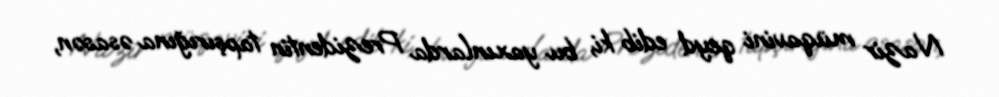
Nazir müqavini qeyd edib ki, bu yaxınlarda Prezidentin tapşırığına əsasən,